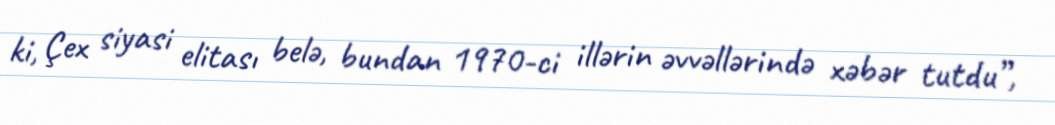
ki, Çex siyasi elitası belə, bundan 1970-ci illərin əvvəllərində xəbər tutdu”,